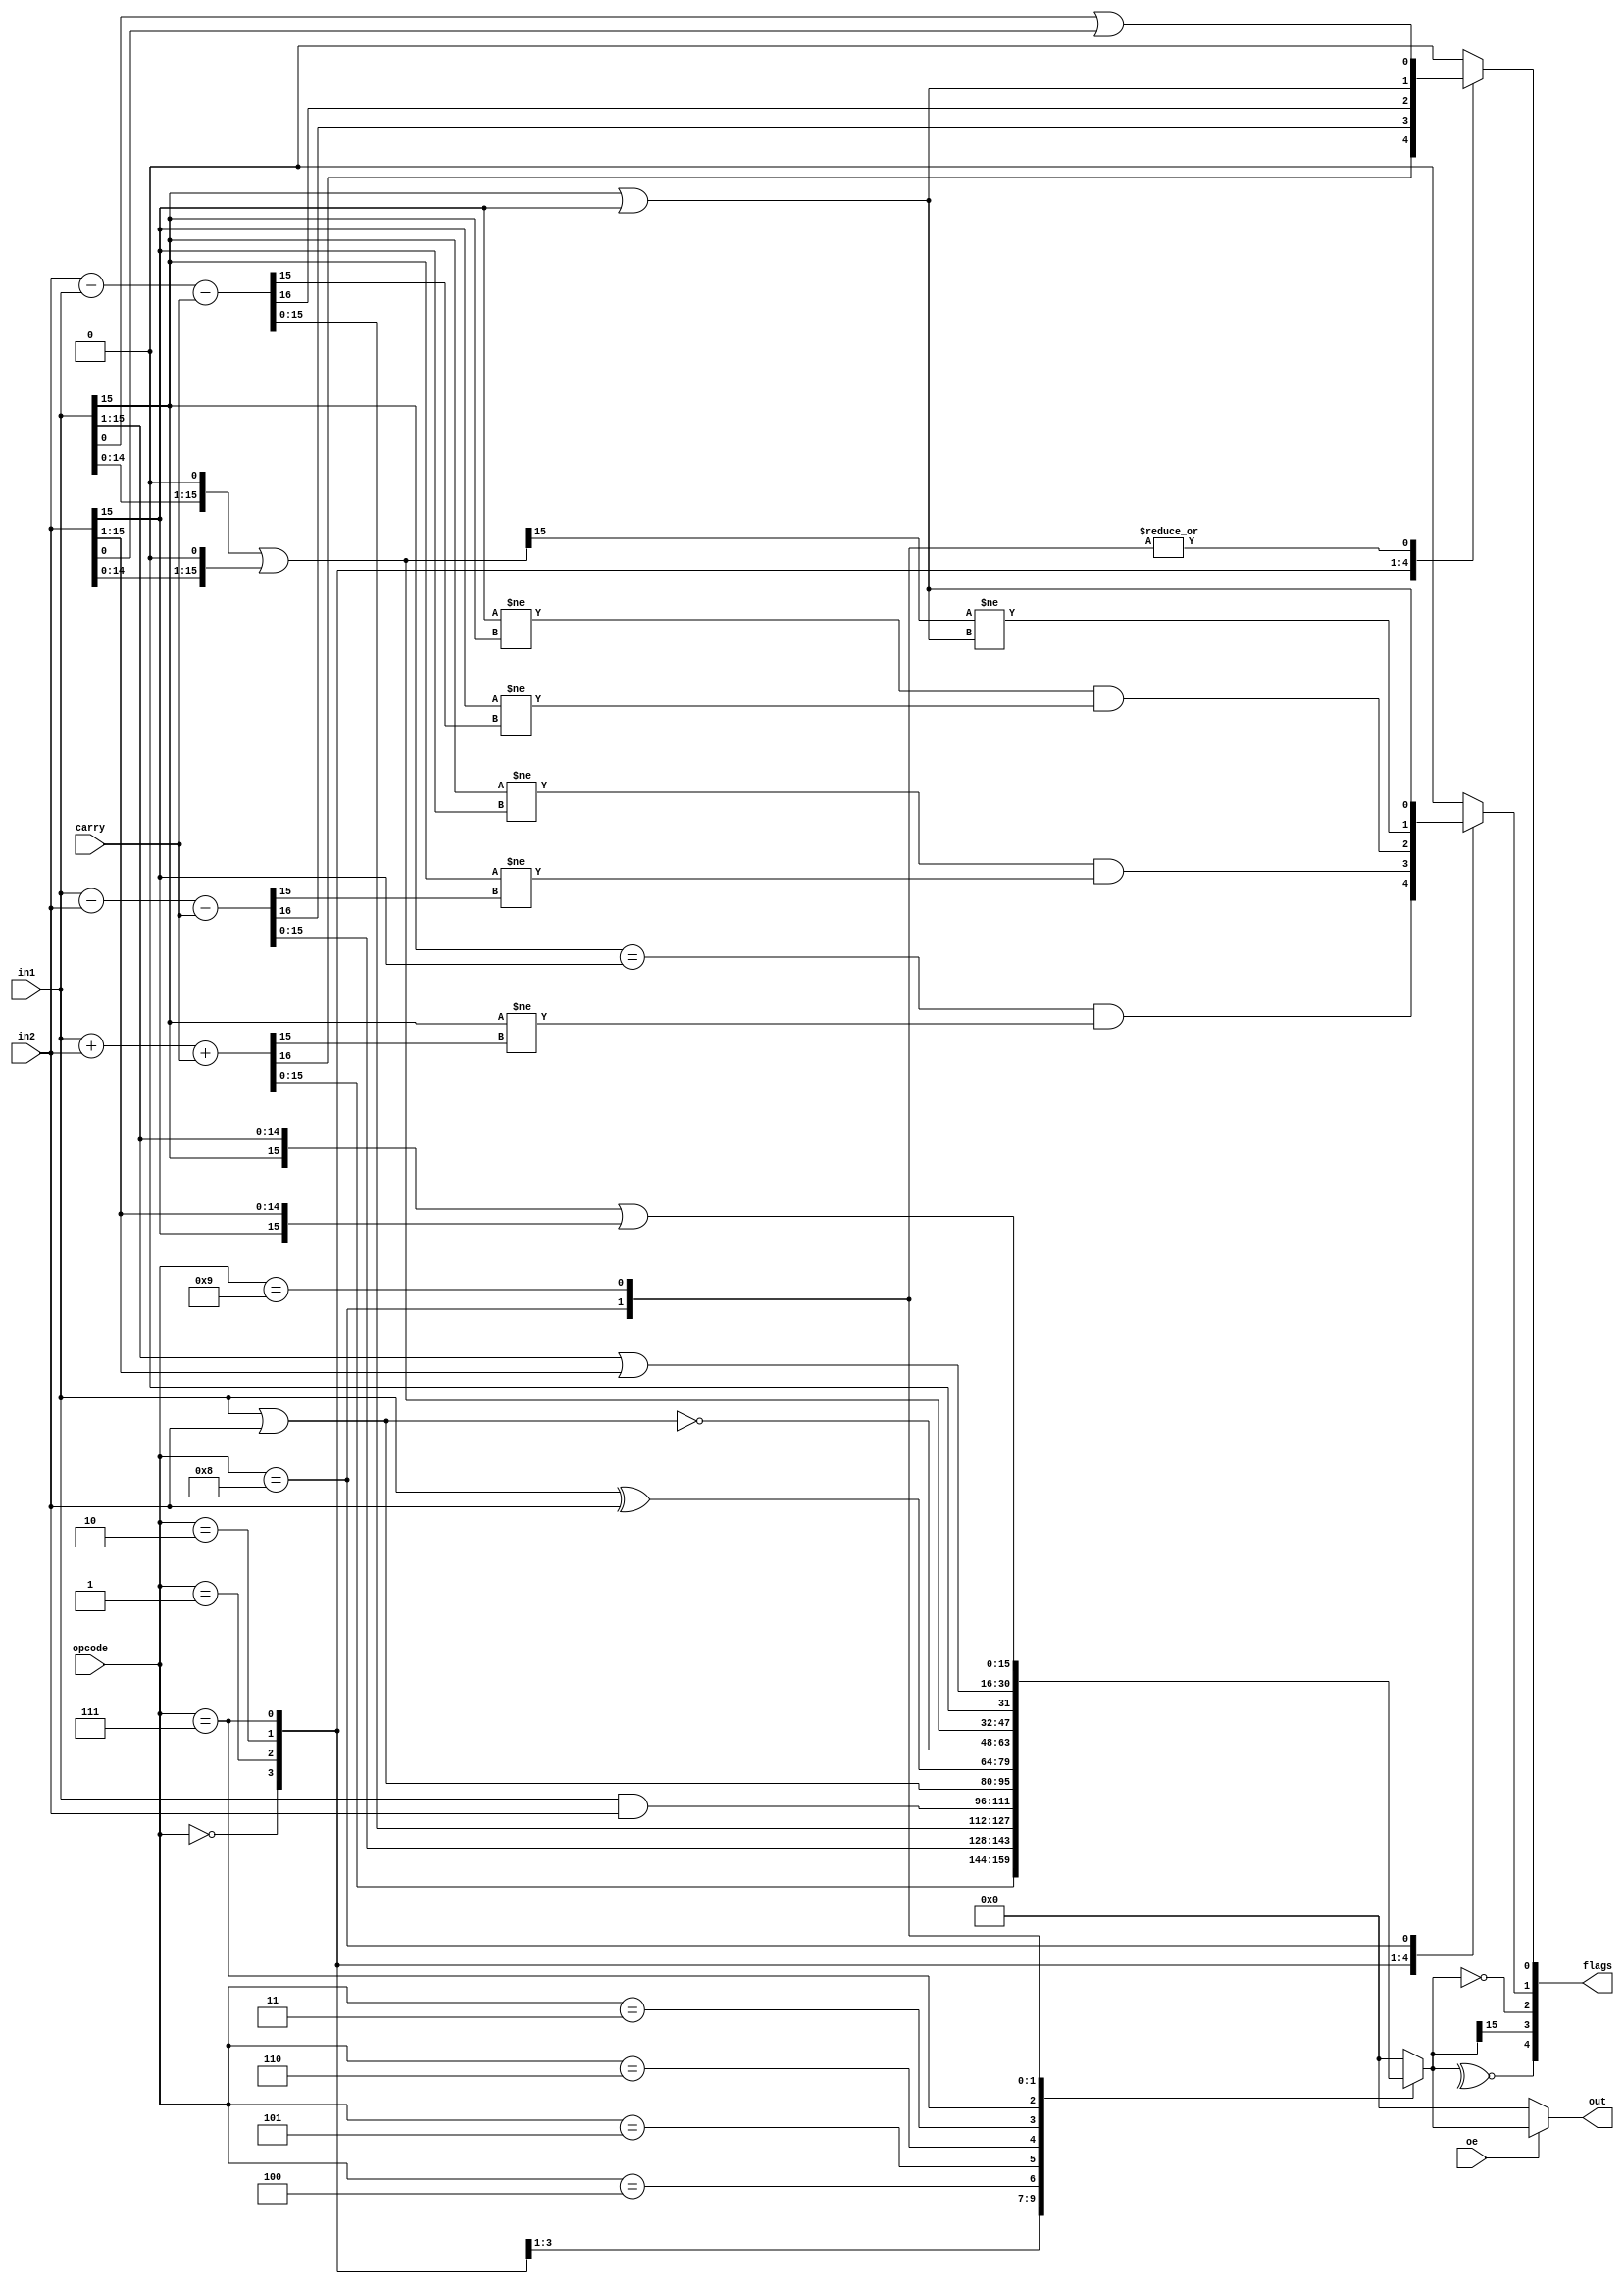
`timescale 1ns / 1ps
//////////////////////////////////////////////////////////////////////////////////
// Company:
// Engineer:
//
// Design Name:
// Module Name:    alu
// Project Name:
// Target Devices:
// Tool versions:
// Description:
//
// Dependencies:
//
// Revision:
// Revision 0.01 - File Created
// Additional Comments:
//
//////////////////////////////////////////////////////////////////////////////////
module alu(
        oe,
        opcode,
        in1,
        in2,
        carry,
        out,
        flags
    );

`define ADC                 0
`define SBB1                1
`define SBB2                2
`define NOT                 3
`define AND                 4
`define OR                  5
`define XOR                 6
`define SHL                 7
`define SHR                 8
`define SAR                 9

parameter width = 16;
parameter flags_width = 5;

input                       oe;
input [3:0]                 opcode;
input [width-1 : 0]         in1;
input [width-1 : 0]         in2;
input                       carry;
output[width-1 : 0]         out;
output[flags_width-1 : 0]   flags;  // P, S, Z, O, C

reg [width-1 : 0]           result;
reg                         p, s, z, o, c;

always @(*) begin
    case(opcode)
        `ADC: begin
            {c, result} = in1 + in2 + carry;
            o = (in1[width-1] == in2[width-1]) && (in1[width-1] != result[width-1]);
        end

        `SBB1: begin
            {c, result} = in1 - in2 - carry;
            o = (in1[width-1] != in2[width-1]) && (in1[width-1] != result[width-1]);
        end

        `SBB2: begin
            {c, result} = in2 - in1 - carry;
            o = (in2[width-1] != in1[width-1]) && (in2[width-1] != result[width-1]);
        end

        `AND: begin
            result = in1 & in2;
            c = 0;
            o = 0;
        end

        `OR: begin
            result = in1 | in2;
            c = 0;
            o = 0;
        end

        `XOR: begin
            result = in1 ^ in2;
            c = 0;
            o = 0;
        end

        `NOT: begin
            result = ~(in1 | in2);
            c = 0;
            o = 0;
        end

        `SHL: begin
            result = (in1 << 1) | (in2 << 1);
            c = in1[width-1] | in2[width - 1];
            o = result[width-1] != c;
        end

        `SHR: begin
            result = (in1 >> 1) | (in2 >> 1);
            c = in1[0] | in2[0];
            o = in1[width-1] | in2[width-1];
        end

        `SAR: begin
            result = {in1[width-1], in1[width-1:1]} | {in2[width-1], in2[width-1:1]};
            c = in1[0] | in2[0];
            o = 0;
        end

        default: begin
            result = 0;
            c = 0;
            o = 0;
        end
    endcase

    z = result == 0;
    s = result[width-1];
    p = ~^result;
end

assign out = oe ? result : 0;
assign flags = {p, s, z, o, c};

endmodule